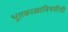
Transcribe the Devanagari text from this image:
भूतकाळाविषयीची